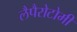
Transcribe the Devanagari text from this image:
लैपैरोटोमी